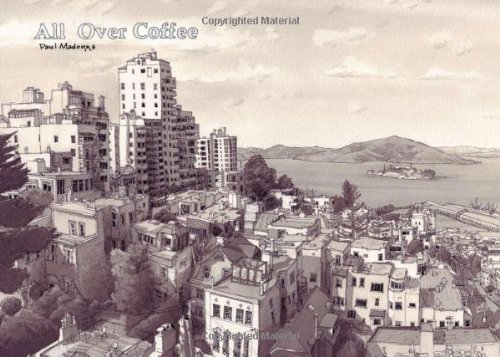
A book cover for All Over Coffee; Paul Madonna; Comics & Graphic Novels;